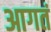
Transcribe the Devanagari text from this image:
आगतं